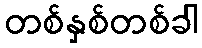
တစ်နှစ်တစ်ခါ